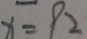
x = 9 2